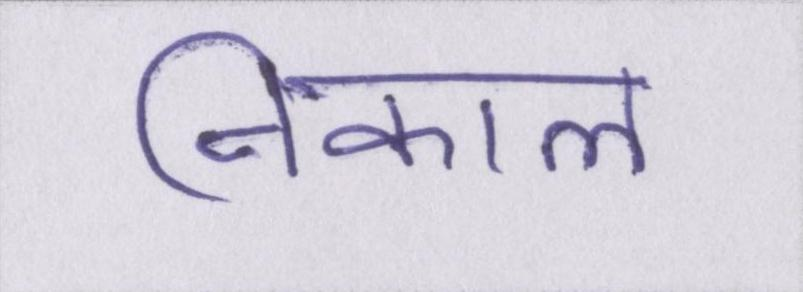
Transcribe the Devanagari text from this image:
निकाल